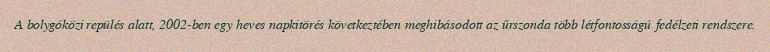
A bolygóközi repülés alatt, 2002-ben egy heves napkitörés következtében meghibásodott az űrszonda több létfontosságú fedélzeti rendszere.